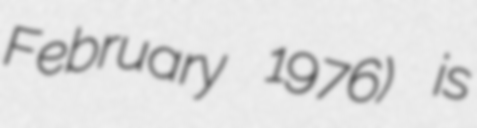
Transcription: February 1976) is